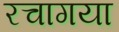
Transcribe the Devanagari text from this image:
रचागया